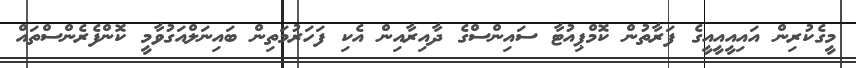
މީގެކުރިން އައިއީއީއީގެ ފަރާތުން ކޮމްޕިއުޓާ ސައިންސްގެ ދާއިރާއިން އެކި ފަހަރުމަތިން ބައިނަލްއަގުވާމީ ކޮންފެރެންސްތައް